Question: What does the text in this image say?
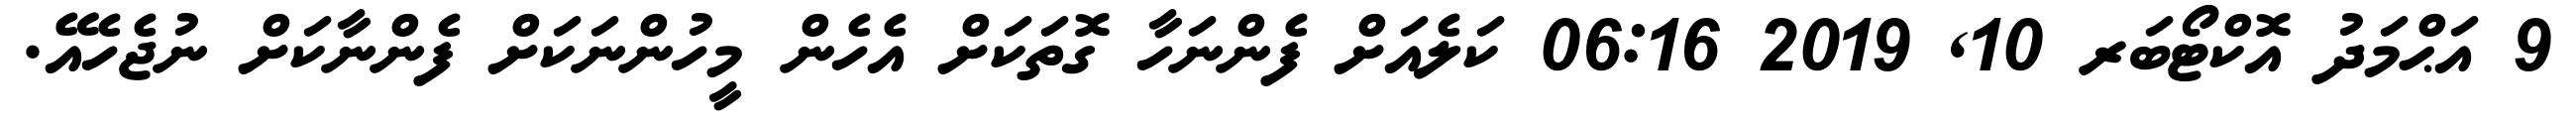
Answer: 9 އަޙްމަދު އޮކްޓޯބަރ 10, 2019 06:16 ކަލެއަށް ފެންނަހާ ގޮތަކަށް އެހެން މީހުންނަކަށް ފެންނާކަށް ނުޖެހެއޭ.